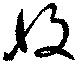
収